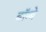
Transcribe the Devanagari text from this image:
बॉम्‍बे